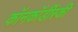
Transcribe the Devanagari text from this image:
कॉनकॉर्डीस्की